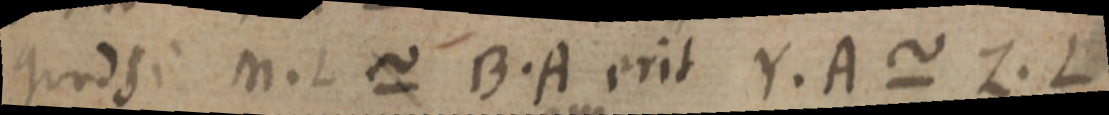
quod si M. L ~ B. A erit Y. A ~ Z. L